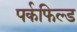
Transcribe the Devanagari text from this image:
पर्कफिल्ड